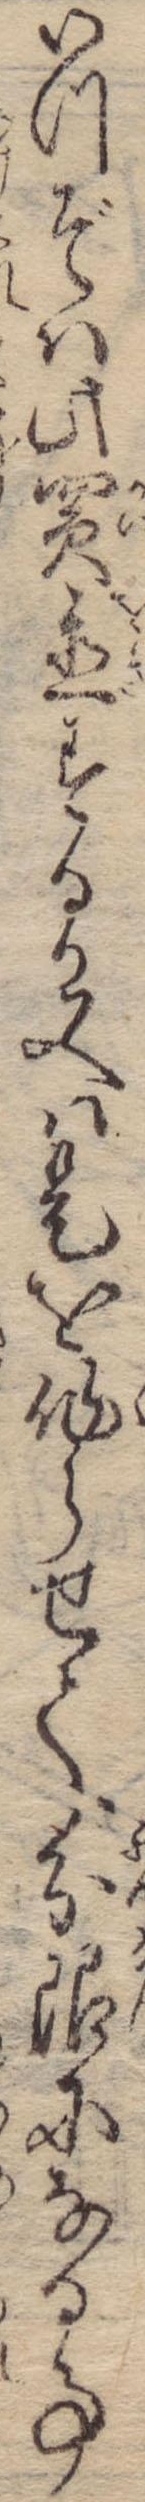
いつぞは此買置するか又は是を作らせて分限になる事